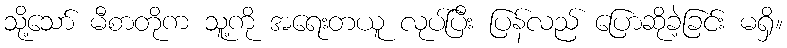
သို့သော် မီစာတိုက သူ့ကို အရေးတယူ လုပ်ပြီး ပြန်လည် ပြောဆိုခဲ့ခြင်း မရှိ။